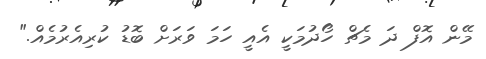
މޭން އޮފް ދަ މެޗް ހޯދުމަކީ އެއީ ހަމަ ވަރަށް ބޮޑު ކުރިއެރުމެއް."